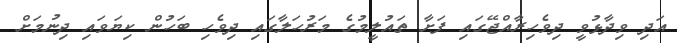
އަދި ވިދާޅުވީ ދިވެހިރާއްޖޭގައި ފަށާ ތައުލީމުގެ މަރުހަލާގައި ދިވެހި ބަހުން ކިޔަވައި ދިނުމަށް